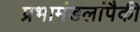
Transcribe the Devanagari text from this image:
प्रभामंडलांपैकी